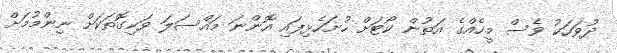
ދުވަހަކު ވެސް މީހެއްގެ އަތުން ކޯޓަށް ހުށަހެޅިފައި އޮންނަ މައްސަލަ ވަކިގޮތަކަށް ނިންމުމަށް